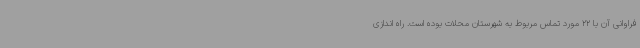
فراوانی آن با 22 مورد تماس مربوط به شهرستان محلات بوده است. راه اندازی